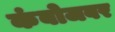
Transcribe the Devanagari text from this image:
कंबोजवर